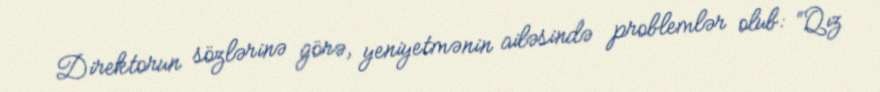
Direktorun sözlərinə görə, yeniyetmənin ailəsində problemlər olub: “Qız